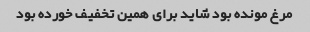
مرغ مونده بود شاید برای همین تخفیف خورده بود